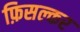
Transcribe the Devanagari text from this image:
फ़िसल्कर